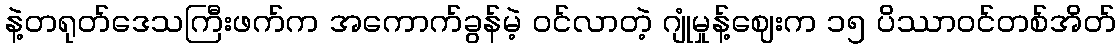
နဲ့တရုတ်ဒေသကြီးဖက်က အကောက်ခွန်မဲ့ ဝင်လာတဲ့ ဂျုံမှုန့်ဈေးက ၁၅ ပိဿာဝင်တစ်အိတ်